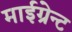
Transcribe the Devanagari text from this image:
माईग्रेन्ट